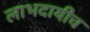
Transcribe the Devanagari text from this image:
लाभदायीच